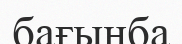
бағынба